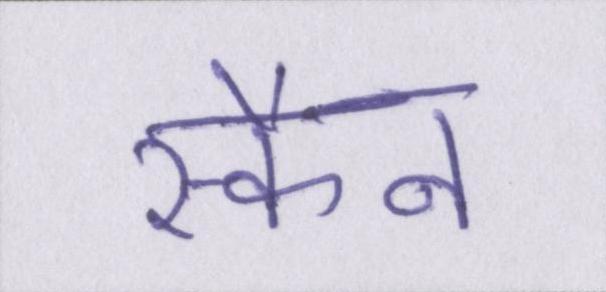
स्कैन